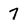
Character: 7